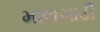
માલગાડી